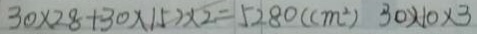
3 0 \times 2 8 + 3 0 \times 1 5 2 \times 2 = 5 2 8 0 ( c m ^ { 2 } ) 3 0 \times 1 0 \times 3